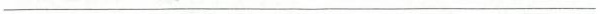
___